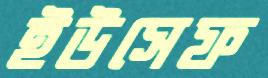
ইউসেফ